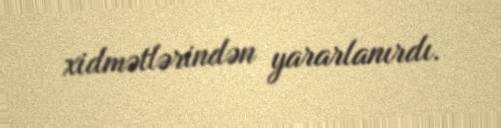
xidmətlərindən yararlanırdı.